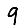
Digit: 9